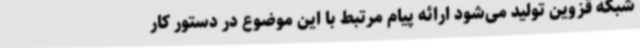
شبکه قزوین تولید می‌شود ارائه پیام مرتبط با این موضوع در دستور کار